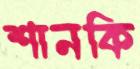
শানকি